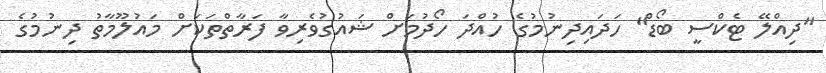
"ދިއްލޭ ޓެކްސީ ބޯޑް" ހަދައިދިނުމުގެ ހުއްދަ ހޯދުމަށް ޝައުގުވެރިވާ ފަރާތްތަކަށް މައުލޫމާތު ދިނުމުގެ